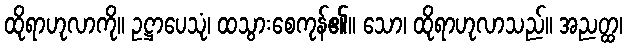
ထိုရာဟုလာကို။ ဥဋ္ဌာပေသုံ၊ ထသွားစေကုန်၏။ သော၊ ထိုရာဟုလာသည်။ အညတ္ထ၊